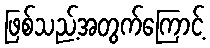
ဖြစ်သည့်အတွက်ကြောင့်